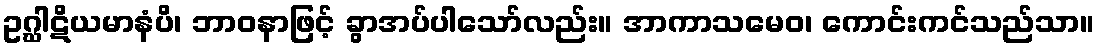
ဥဂ္ဃါဋိယမာနံပိ၊ ဘာဝနာဖြင့် ခွာအပ်ပါသော်လည်း။ အာကာသမေဝ၊ ကောင်းကင်သည်သာ။